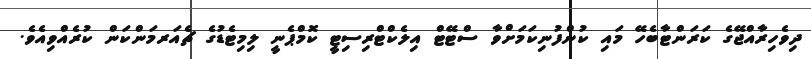
ދިވެހިރާއްޖޭގެ ކަރަންޓާބެހޭ މައި ކުންފުނިކަމަށްވާ ސްޓޭޓް އިލެކްޓްރިސިޓީ ކޮމްޕެނީ ލިމިޓެޑުގެ ޗެއަރމަންކަން ކުރެއްވިއެވެ.